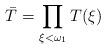
\begin{align*}\bar T = \prod_{\xi<\omega_1} T(\xi) \end{align*}